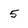
Character: 5